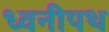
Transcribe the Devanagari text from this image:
ध्वनीपथ